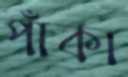
পাঁকা